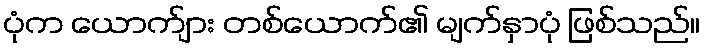
ပုံက ယောက်ျား တစ်ယောက်၏ မျက်နှာပုံ ဖြစ်သည်။